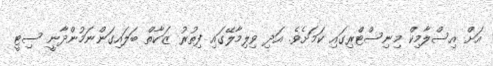
އަށް އިސްލާމިކް މިނިސްޓްރިގައި ކަމަށެވެ. އަދި ވިލިމާލޭގައި ފިތުރު ޒަކާތް ބަލައިގަންނަމުންދާނީ ސިޓީ